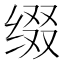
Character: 缀